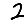
Digit: 2